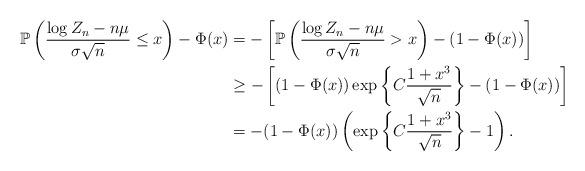
LaTeX: \begin{align*}\mathbb{P}\left(\frac{\log Z_{n}-n \mu}{\sigma \sqrt{n}}\leq x\right)-\Phi(x)&=-\left[\mathbb{P}\left(\frac{\log Z_{n}-n \mu}{\sigma \sqrt{n}} > x\right)-(1-\Phi(x))\right]\\&\geq-\left[(1-\Phi(x))\exp\left\{C\frac{1+x^{3}}{\sqrt{n}}\right\}-(1-\Phi(x))\right]\\&=-(1-\Phi(x))\left(\exp\left\{C\frac{1+x^{3}}{\sqrt{n}}\right\}-1\right).\end{align*}